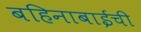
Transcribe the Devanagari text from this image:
बहिनाबाईची